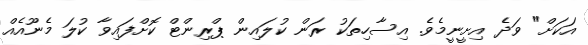
އަކަށް" ވަދެ އިށީނީމެވެ. އިސާހިތަކު ރަން ކުލައިން ޕްރިންޓް ކޮށްފައިވާ ކުލަ މެނޫއެއް